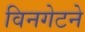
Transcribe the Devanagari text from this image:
विनगेटने